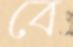
বে